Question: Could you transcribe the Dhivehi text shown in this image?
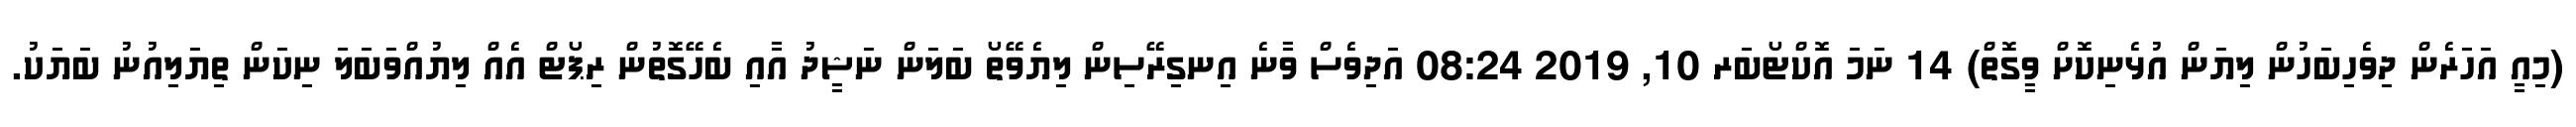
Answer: (މިއީ އަހަރެން ދިވެހިބަހުން ލިޔަން އުޅެނިކޮށް ވީގޮތް) 14 ނަމަ އޮކްޓޯބަރ 10, 2019 08:24 އަދިވެސް ވާނެ އިނގިރޭސިން ލިޔެވޭތޯ ބަލަން ނަޝީދު އާއި ބެހޭގޮތުން ރިޕޯޓް އެއް ލިޔުއްވަބަލަ ނިކަން ތިޔަލިއުނު ބަޔަކު.